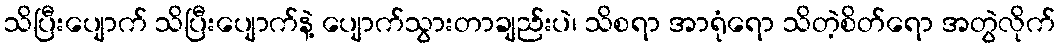
သိပြီးပျောက် သိပြီးပျောက်နဲ့ ပျောက်သွားတာချည်းပဲ၊ သိစရာ အာရုံရော သိတဲ့စိတ်ရော အတွဲလိုက်